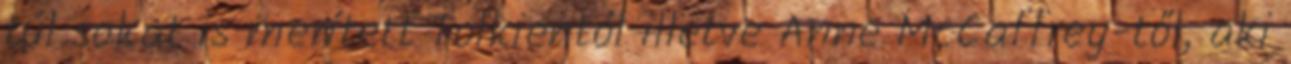
túl sokat is merített Tolkientól illetve Anne McCaffrey-től, aki